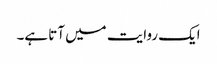
ایک روایت میں آتا ہے۔